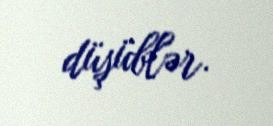
düşüblər.